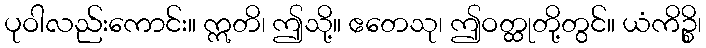
ပုဝါလည်းကောင်း။ ဣတိ၊ ဤသို့။ ဧတေသု၊ ဤဝတ္ထုတို့တွင်။ ယံကိဉ္စိ၊